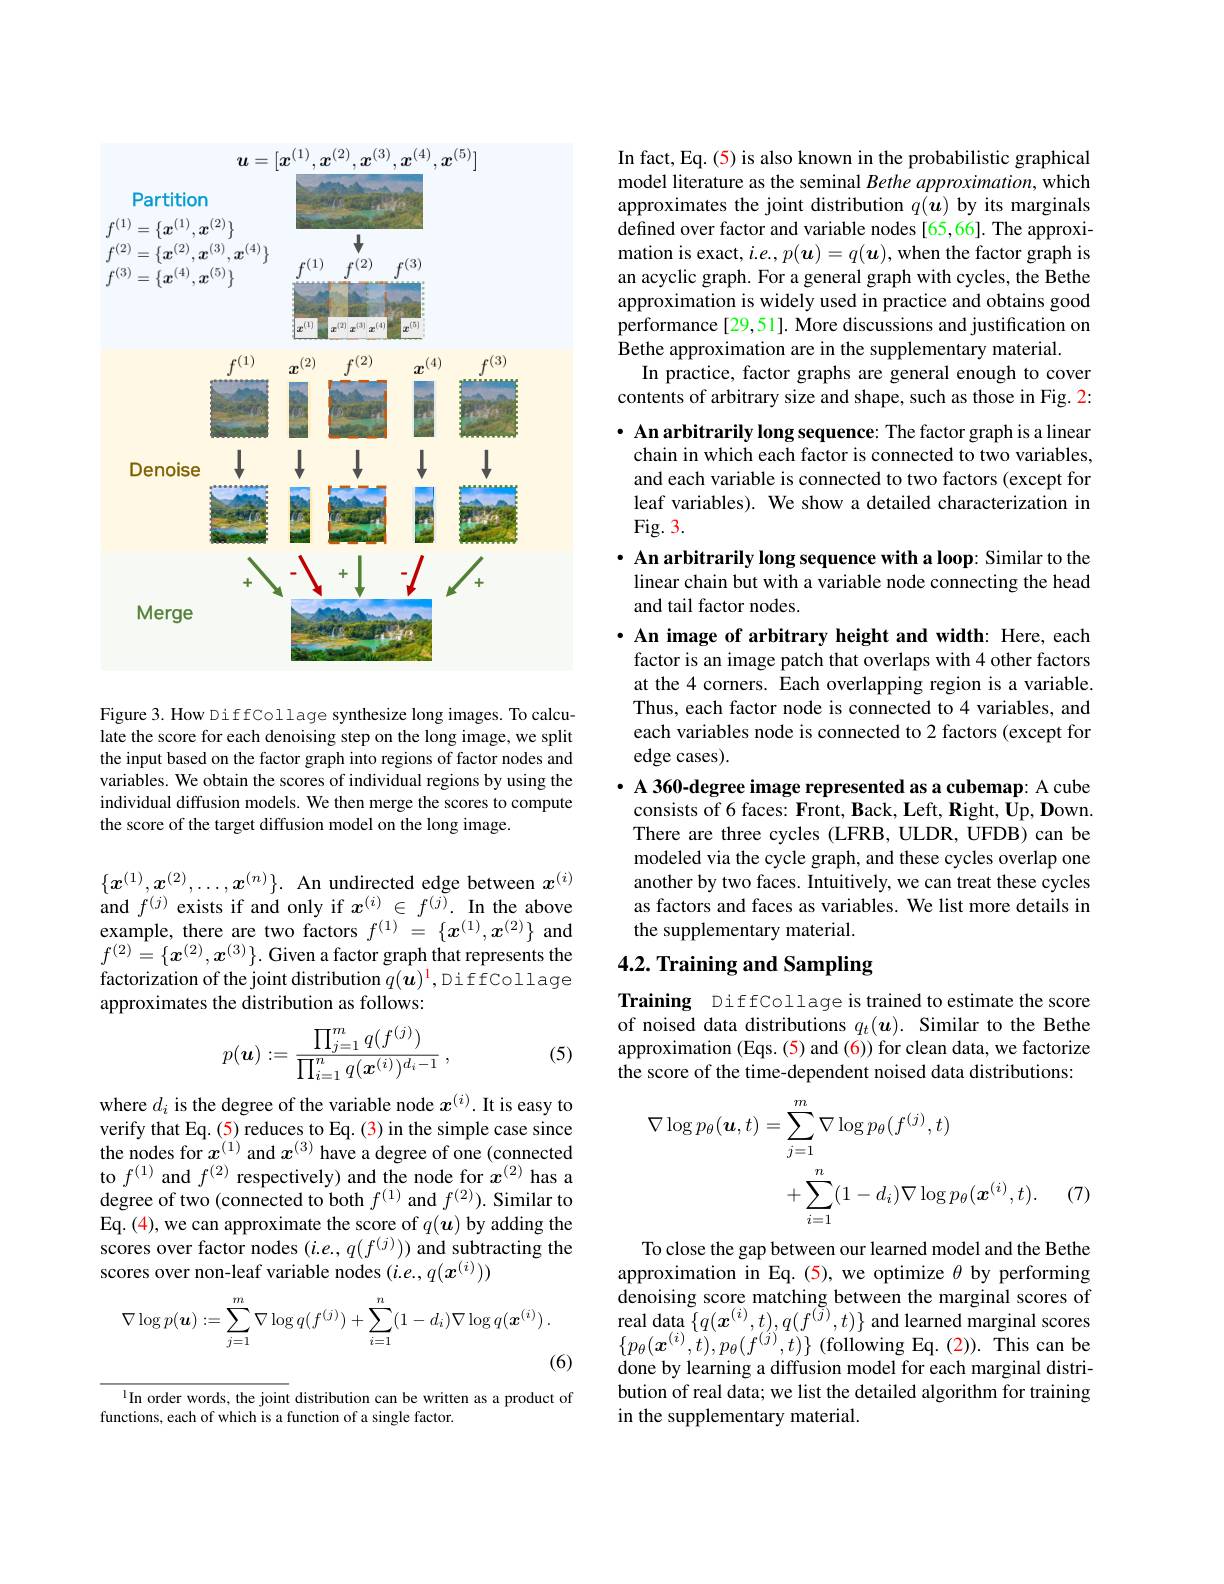
<FigureHere>

Figure 3. How DiffCollage synthesize long images. To calculate the score for each denoising step on the long image, we split the input based on the factor graph into regions of factor nodes and variables. We obtain the scores of individual regions by using the individual diffusion models. We then merge the scores to compute the score of the target diffusion model on the long image.

$\{x^{(1)},x^{(2)},\ldots,x^{(n)}\}.$ An undirected edge between $x^{(i)}$ and $f^{(j)}$ exists if and only if $x^(i)\in f^{(j)}.$ In the above example, there are two factors $f^{(1)}=\{x^{(1)},x^{(2)}\}$ and $f^{(2)}=\{\boldsymbol{x}^{(2)},\boldsymbol{x}^{(3)}\}.$ Given a factor graph that represents the factorization of the joint distribution $q(\boldsymbol{u})^{\mathrm{l}}$,DiffCollage approximates the distribution as follows:
$$p(\boldsymbol{u}):=\frac{\prod_{j=1}^mq(f^{(j)})}{\prod_{i=1}^nq(\boldsymbol{x}^{(i)})^{d_i-1}}\:,$$
(5)

where $d_i$ is the degree of the variable node $x^{(i)}$.It is easy to verify that Eq. (5) reduces to Eq. (3) in the simple case since the nodes for $x^{(1)}$ and $x^{(3)}$ have a degree of one (connected to $f^{(1)}$ and $f^{(2)}$ respectively) and the node for $x^{(2)}$ has a degree of two (connected to both $f^{(1)}$ and $f^{(2)}).$ Similar to Eq. (4), we can approximate the score of $q(\boldsymbol{u})$ by adding the scores over factor nodes $(i.e.,q(f^{(j)}))$ and subtracting the scores over non-leaf variable nodes $(i.e.,q(x^{(i)}))$
$$\nabla\log p(\boldsymbol{u}):=\sum_{j=1}^m\nabla\log q(f^{(j)})+\sum_{i=1}^n(1-d_i)\nabla\log q(\boldsymbol{x}^{(i)})\:.$$
(6)

In order words, the joint distribution can be written as a product of
functions, each of which is a function of a single factor.

In fact, Eq. (5) is also known in the probabilistic graphical model literature as the seminal Bethe approximation, which approximates the joint distribution $q(\ddot{\boldsymbol{u}})$ by its marginals defined over factor and variable nodes [65,66]. The approximation is exact, $i.e.,p(\boldsymbol{u})=q(\boldsymbol{u})$, when the factor graph is an acyclic graph. For a general graph with cycles, the Bethe approximation is widely used in practice and obtains good performance [29,51]. More discussions and justification on Bethe approximation are in the supplementary material.
In practice, factor graphs are general enough to cover contents of arbitrary size and shape, such as those in Fig. 2:

· An arbitrarily long sequence: The factor graph is a linear

chain in which each factor is connected to two variables,

and each variable is connected to two factors (except for

leaf variables). We show a detailed characterization in

Fig. 3.

· An arbitrarily long sequence with a loop: Similar to the

linear chain but with a variable node connecting the head

and tail factor nodes.

$\bullet$ An image of arbitrary height and width: Here, each factor is an image patch that overlaps with 4 other factors at the 4 corners. Each overlapping region is a variable Thus, each factor node is connected to 4 variables, and each variables node is connected to 2 factors (except for edge cases).
· A 360-degree image represented as a cubemap: A cube
consists of 6 faces: Front, Back, Left, Right, Up, Down. There are three cycles (LFRB, ULDR, UFDB) can be modeled via the cycle graph, and these cycles overlap one another by two faces. Intuitively, we can treat these cycles as factors and faces as variables. We list more details in the supplementary material.

## 4.2. Training and Sampling

Training DiffCollage is trained to estimate the score of noised data distributions $q_t(\boldsymbol{u}).$ Similar to the Bethe approximation (Eqs. (5) and (6)) for clean data, we factorize the score of the time-dependent noised data distributions:
$$\begin{aligned}\nabla\log p_{\theta}(\boldsymbol{u},t)&=\sum_{j=1}^{m}\nabla\log p_{\theta}(f^{(j)},t)\\&+\sum_{i=1}^{n}(1-d_{i})\nabla\log p_{\theta}(\boldsymbol{x}^{(i)},t).\end{aligned}$$
(7)

To close the gap between our learned model and the Bethe approximation in Eq.(5), we optimize $\theta$ by performing denoising score matching between the marginal scores of real data $\{q(\boldsymbol{x}^{(i)},t),q(f^{(j)},t)\}$ and learned marginal scores $\{p_{\theta}(\boldsymbol{x}^{(i)},t),p_{\theta}(f^{(j)},t)\}$ (following Eq.(2)). This can be done by learning a diffusion model for each marginal distribution of real data; we list the detailed algorithm for training in the supplementary material.